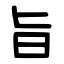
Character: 旨